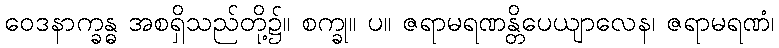
ဝေဒနာက္ခန္ဓ အစရှိသည်တို့၌။ စက္ခု။ ပ။ ဇရာမရဏန္တိပေယျာလေန၊ ဇရာမရဏံ၊